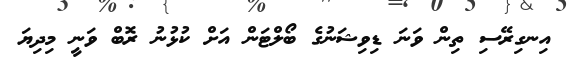
އިނގިރޭސި ތިން ވަނަ ޑިވިޝަނުގެ ބޯލްޓަން އަށް ކުޅުނު ރޮބް ވަނީ މިދިޔަ